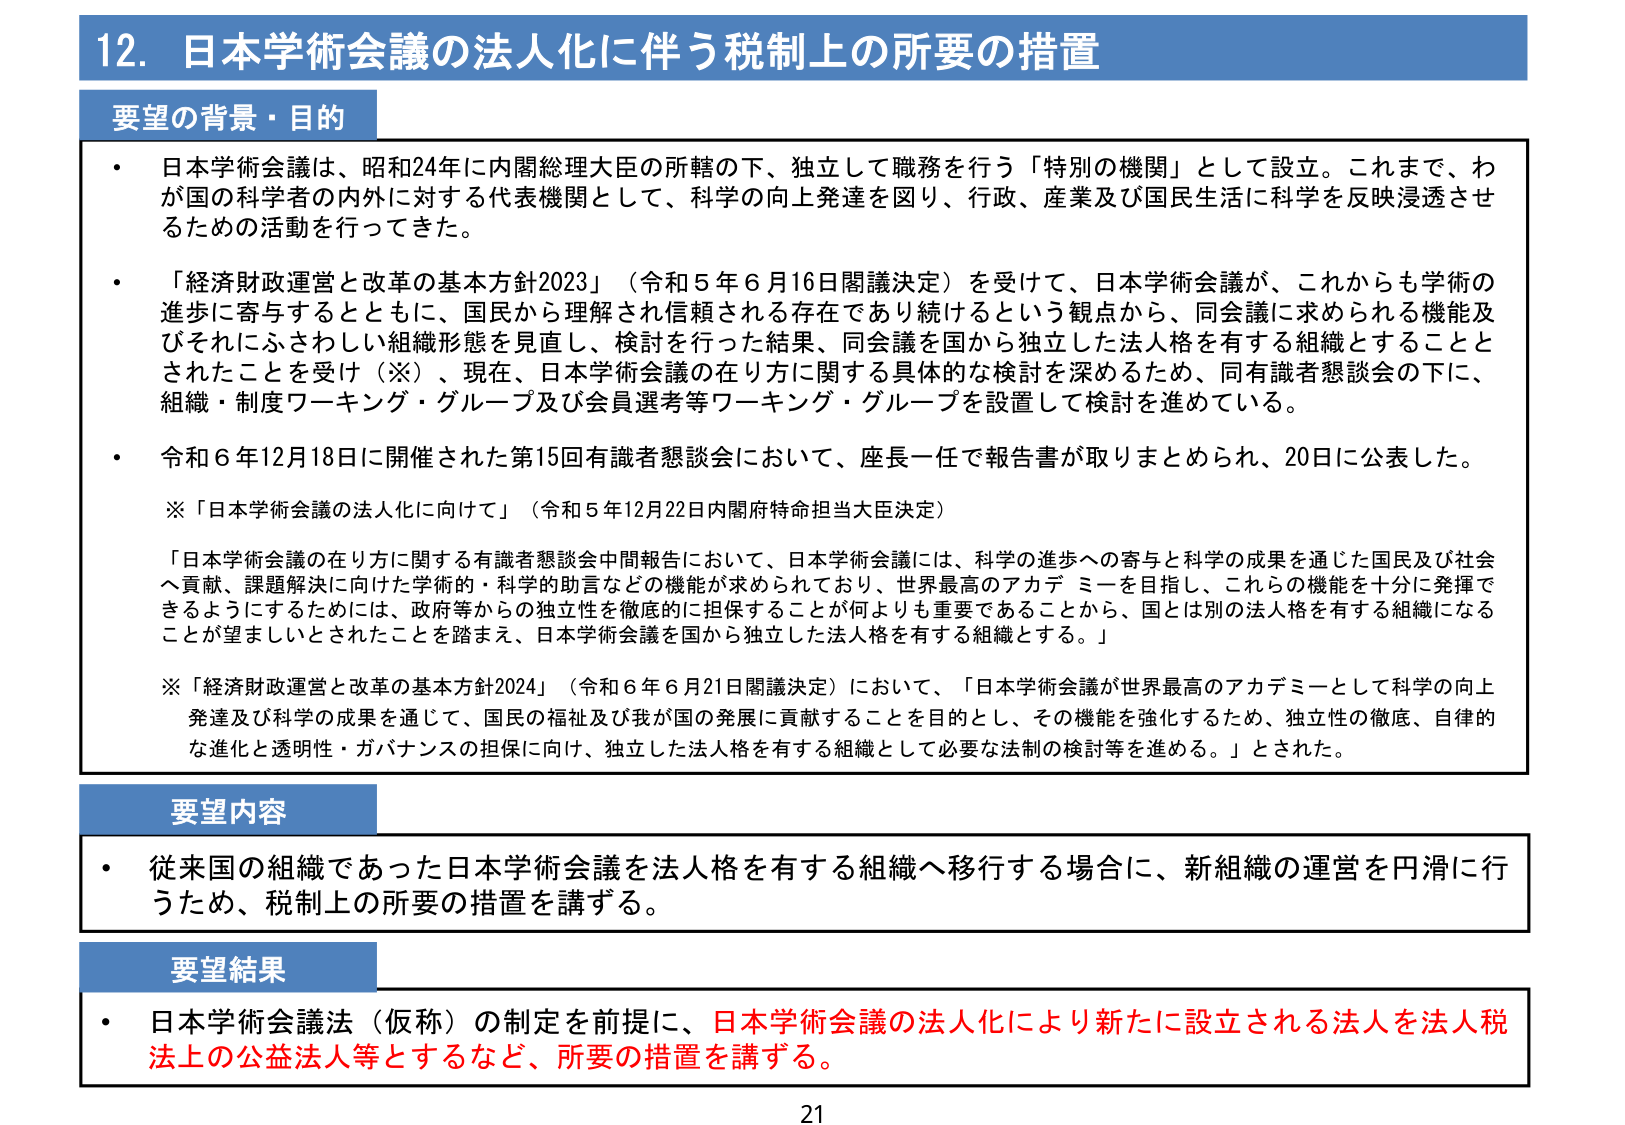
12. 日本学術会議の法人化に伴う税制上の所要の措置

要望の背景・目的
・ 日本学術会議は、昭和24年に内閣総理大臣の所轄の下、独立して職務を行う「特別の機関」として設立。これまで、わが国の科学者の内外に対する代表機関として、科学の向上発達を図り、行政、産業及び国民生活に科学を反映浸透させるための活動を行ってきた。
・ 「経済財政運営と改革の基本方針2023」（令和5年6月16日閣議決定）を受けて、日本学術会議が、これからも学術の進歩に寄与するとともに、国民から理解され信頼される存在であり続けるという観点から、同会議に求められる機能及びそれにふさわしい組織形態を見直し、検討を行った結果、同会議を国から独立した法人格を有する組織とすることとされたことを受け（※）、現在、日本学術会議の在り方に関する具体的な検討を深めるため、同有識者懇談会の下に、組織・制度ワーキング・グループ及び会員選考等ワーキング・グループを設置して検討を進めている。
・ 令和6年12月18日に開催された第15回有識者懇談会において、座長一任で報告書が取りまとめられ、20日に公表した。
※「日本学術会議の法人化に向けて」（令和5年12月22日内閣府特命担当大臣決定）
「日本学術会議の在り方に関する有識者懇談会中間報告において、日本学術会議には、科学の進歩への寄与と科学の成果を通じた国民及び社会へ貢献、課題解決に向けた学術的・科学的助言などの機能が求められており、世界最高のアカデミーを目指し、これらの機能を十分に発揮できるようにするためには、政府等からの独立性を徹底的に担保することが何よりも重要であることから、国とは別の法人格を有する組織になることが望ましいとされたことを踏まえ、日本学術会議を国から独立した法人格を有する組織とする。」
※「経済財政運営と改革の基本方針2024」（令和6年6月21日閣議決定）において、「日本学術会議が世界最高のアカデミーとして科学の向上発達及び科学の成果を通じて、国民の福祉及び我が国の発展に貢献することを目的とし、その機能を強化するため、独立性の徹底、自律的な進化と透明性・ガバナンスの担保に向け、独立した法人格を有する組織として必要な法制の検討等を進める。」とされた。

要望内容
・ 従来国の組織であった日本学術会議を法人格を有する組織へ移行する場合に、新組織の運営を円滑に行うため、税制上の所要の措置を講ずる。

要望結果
・ 日本学術会議法（仮称）の制定を前提に、日本学術会議の法人化により新たに設立される法人を法人税法上の公益法人等とするなど、所要の措置を講ずる。

21